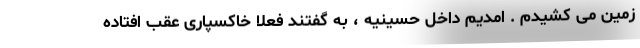
زمین می کشیدم . امدیم داخل حسینیه ، به گفتند فعلا خاکسپاری عقب افتاده